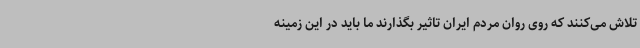
تلاش می‌کنند که روی روان مردم ایران تاثیر بگذارند ما باید در این زمینه